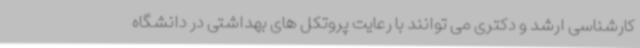
کارشناسی ارشد و دکتری می توانند با رعایت پروتکل های بهداشتی در دانشگاه